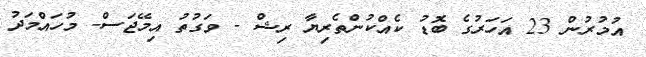
އުމުރުން 23 އަހަރުގެ ބޮޑު ކެއްކުންތެރިޔާ ރިޝް - ވަގުތު އިމޭޖަސް- މުހައްމަދު